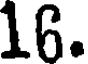
16.